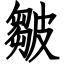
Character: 皺